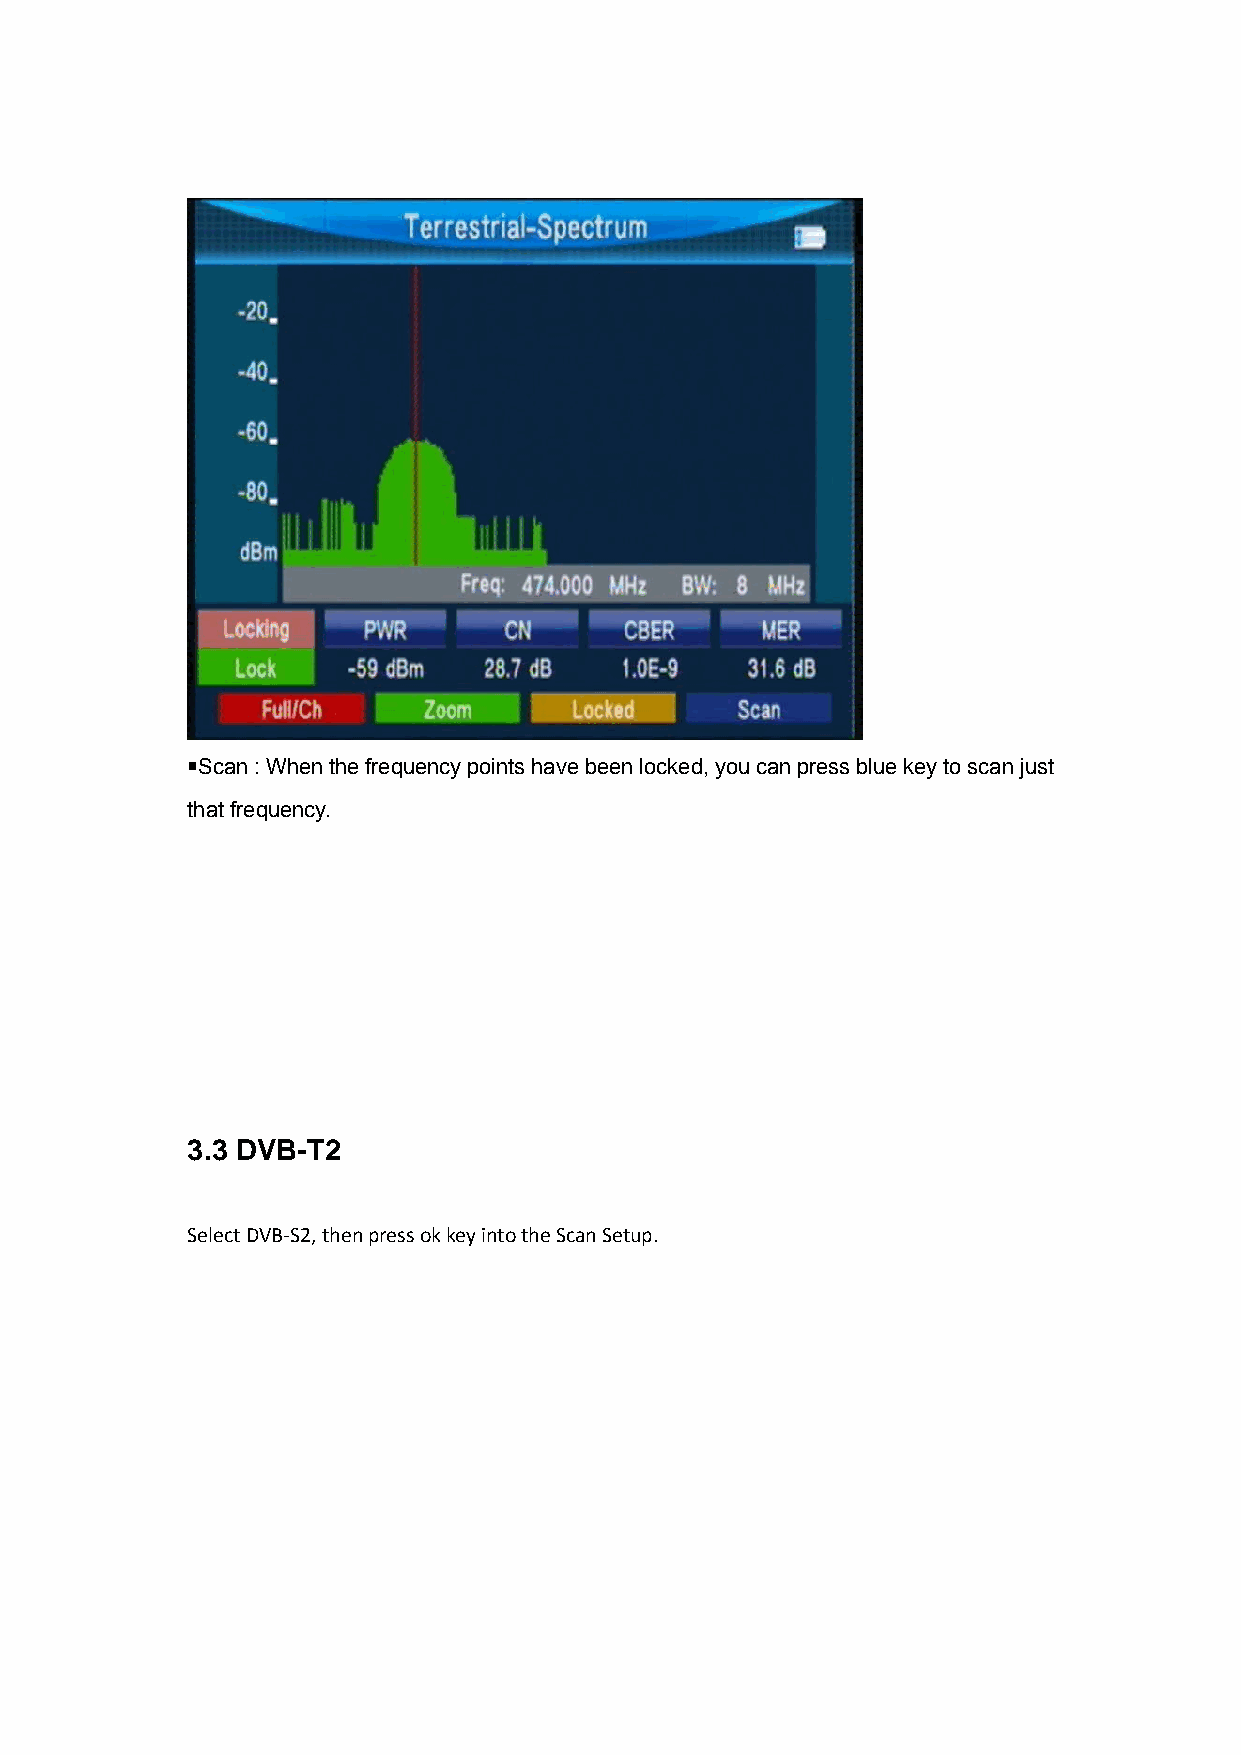
￭Scan : When the frequency points have been locked, you can press blue key to scan just
 that frequency.
 3.3 DVB-T2
 Select DVB‐S2, then press ok key into the Scan Setup.